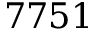
7 7 5 1